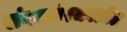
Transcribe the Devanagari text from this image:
संगमनेरजवळील